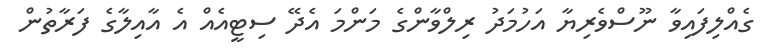
ގެއްލިފައިވާ ނޫސްވެރިޔާ އަހުމަދު ރިލްވާންގެ މަންމަ އެދޭ ސިޓީއެއް އެ އާއިލާގެ ފަރާތުން